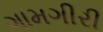
ગામગીરી